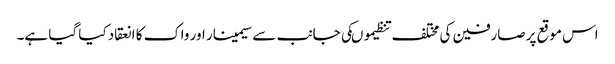
اس موقع پر صارفین کی مختلف تنظیموںکی جانب سے سیمینار اور واک کا انعقاد کیا گیا ہے۔